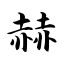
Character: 赫